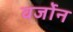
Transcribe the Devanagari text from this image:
वर्जोन